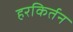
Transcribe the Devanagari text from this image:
हरकिर्तन